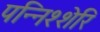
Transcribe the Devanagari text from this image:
पन्निश्शेरि